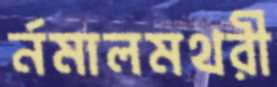
র্নমালমথরী